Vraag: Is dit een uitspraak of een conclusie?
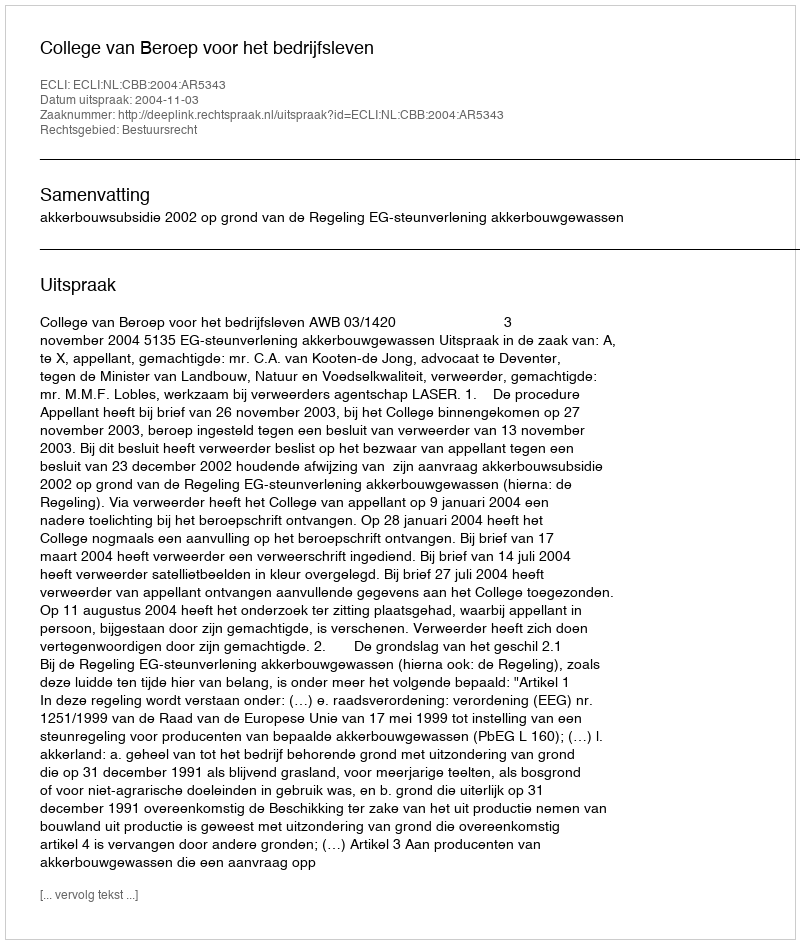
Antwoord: Uitspraak